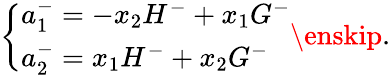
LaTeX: \left\{ \begin{array}{l}{{a_{1}^{-}=-x_{2}H^{-}+x_{1}G^{-}}}\\ {{a_{2}^{-}=x_{1}H^{-}+x_{2}G^{-}}}\end{array}\right.\enskip.